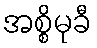
အစ္စိမုခီ